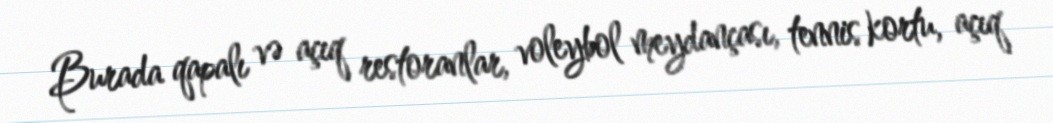
Burada qapalı və açıq restoranlar, voleybol meydançası, tennis kortu, açıq